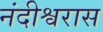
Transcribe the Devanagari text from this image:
नंदीश्वरास